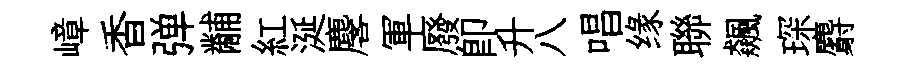
嶂香弹黼紅涎麐軍廢卽升八唱缘聯飆琛麝